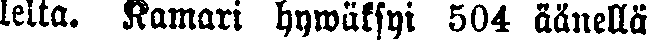
lelta. Kamari hywäksyi 504 äänellä